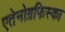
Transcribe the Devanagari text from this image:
एतेनोग्रफिस्का